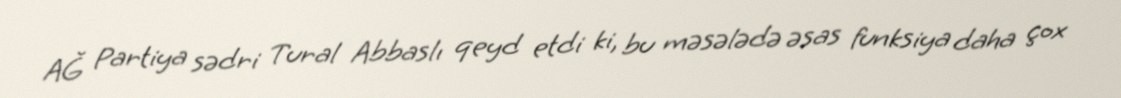
AĞ Partiya sədri Tural Abbaslı qeyd etdi ki, bu məsələdə əsas funksiya daha çox